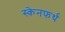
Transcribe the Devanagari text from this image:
स्केनफर्थ